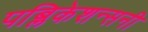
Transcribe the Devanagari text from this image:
पब्लिकेशन्सनी